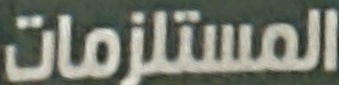
المستلزمات